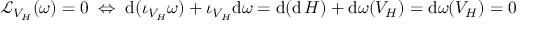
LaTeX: { \mathcal { L } } _ { V _ { H } } ( \omega ) = 0 \; \Leftrightarrow \; \mathrm { d } ( \iota _ { V _ { H } } \omega ) + \iota _ { V _ { H } } \mathrm { d } \omega = \mathrm { d } ( \mathrm { d } \, H ) + \mathrm { d } \omega ( V _ { H } ) = \mathrm { d } \omega ( V _ { H } ) = 0